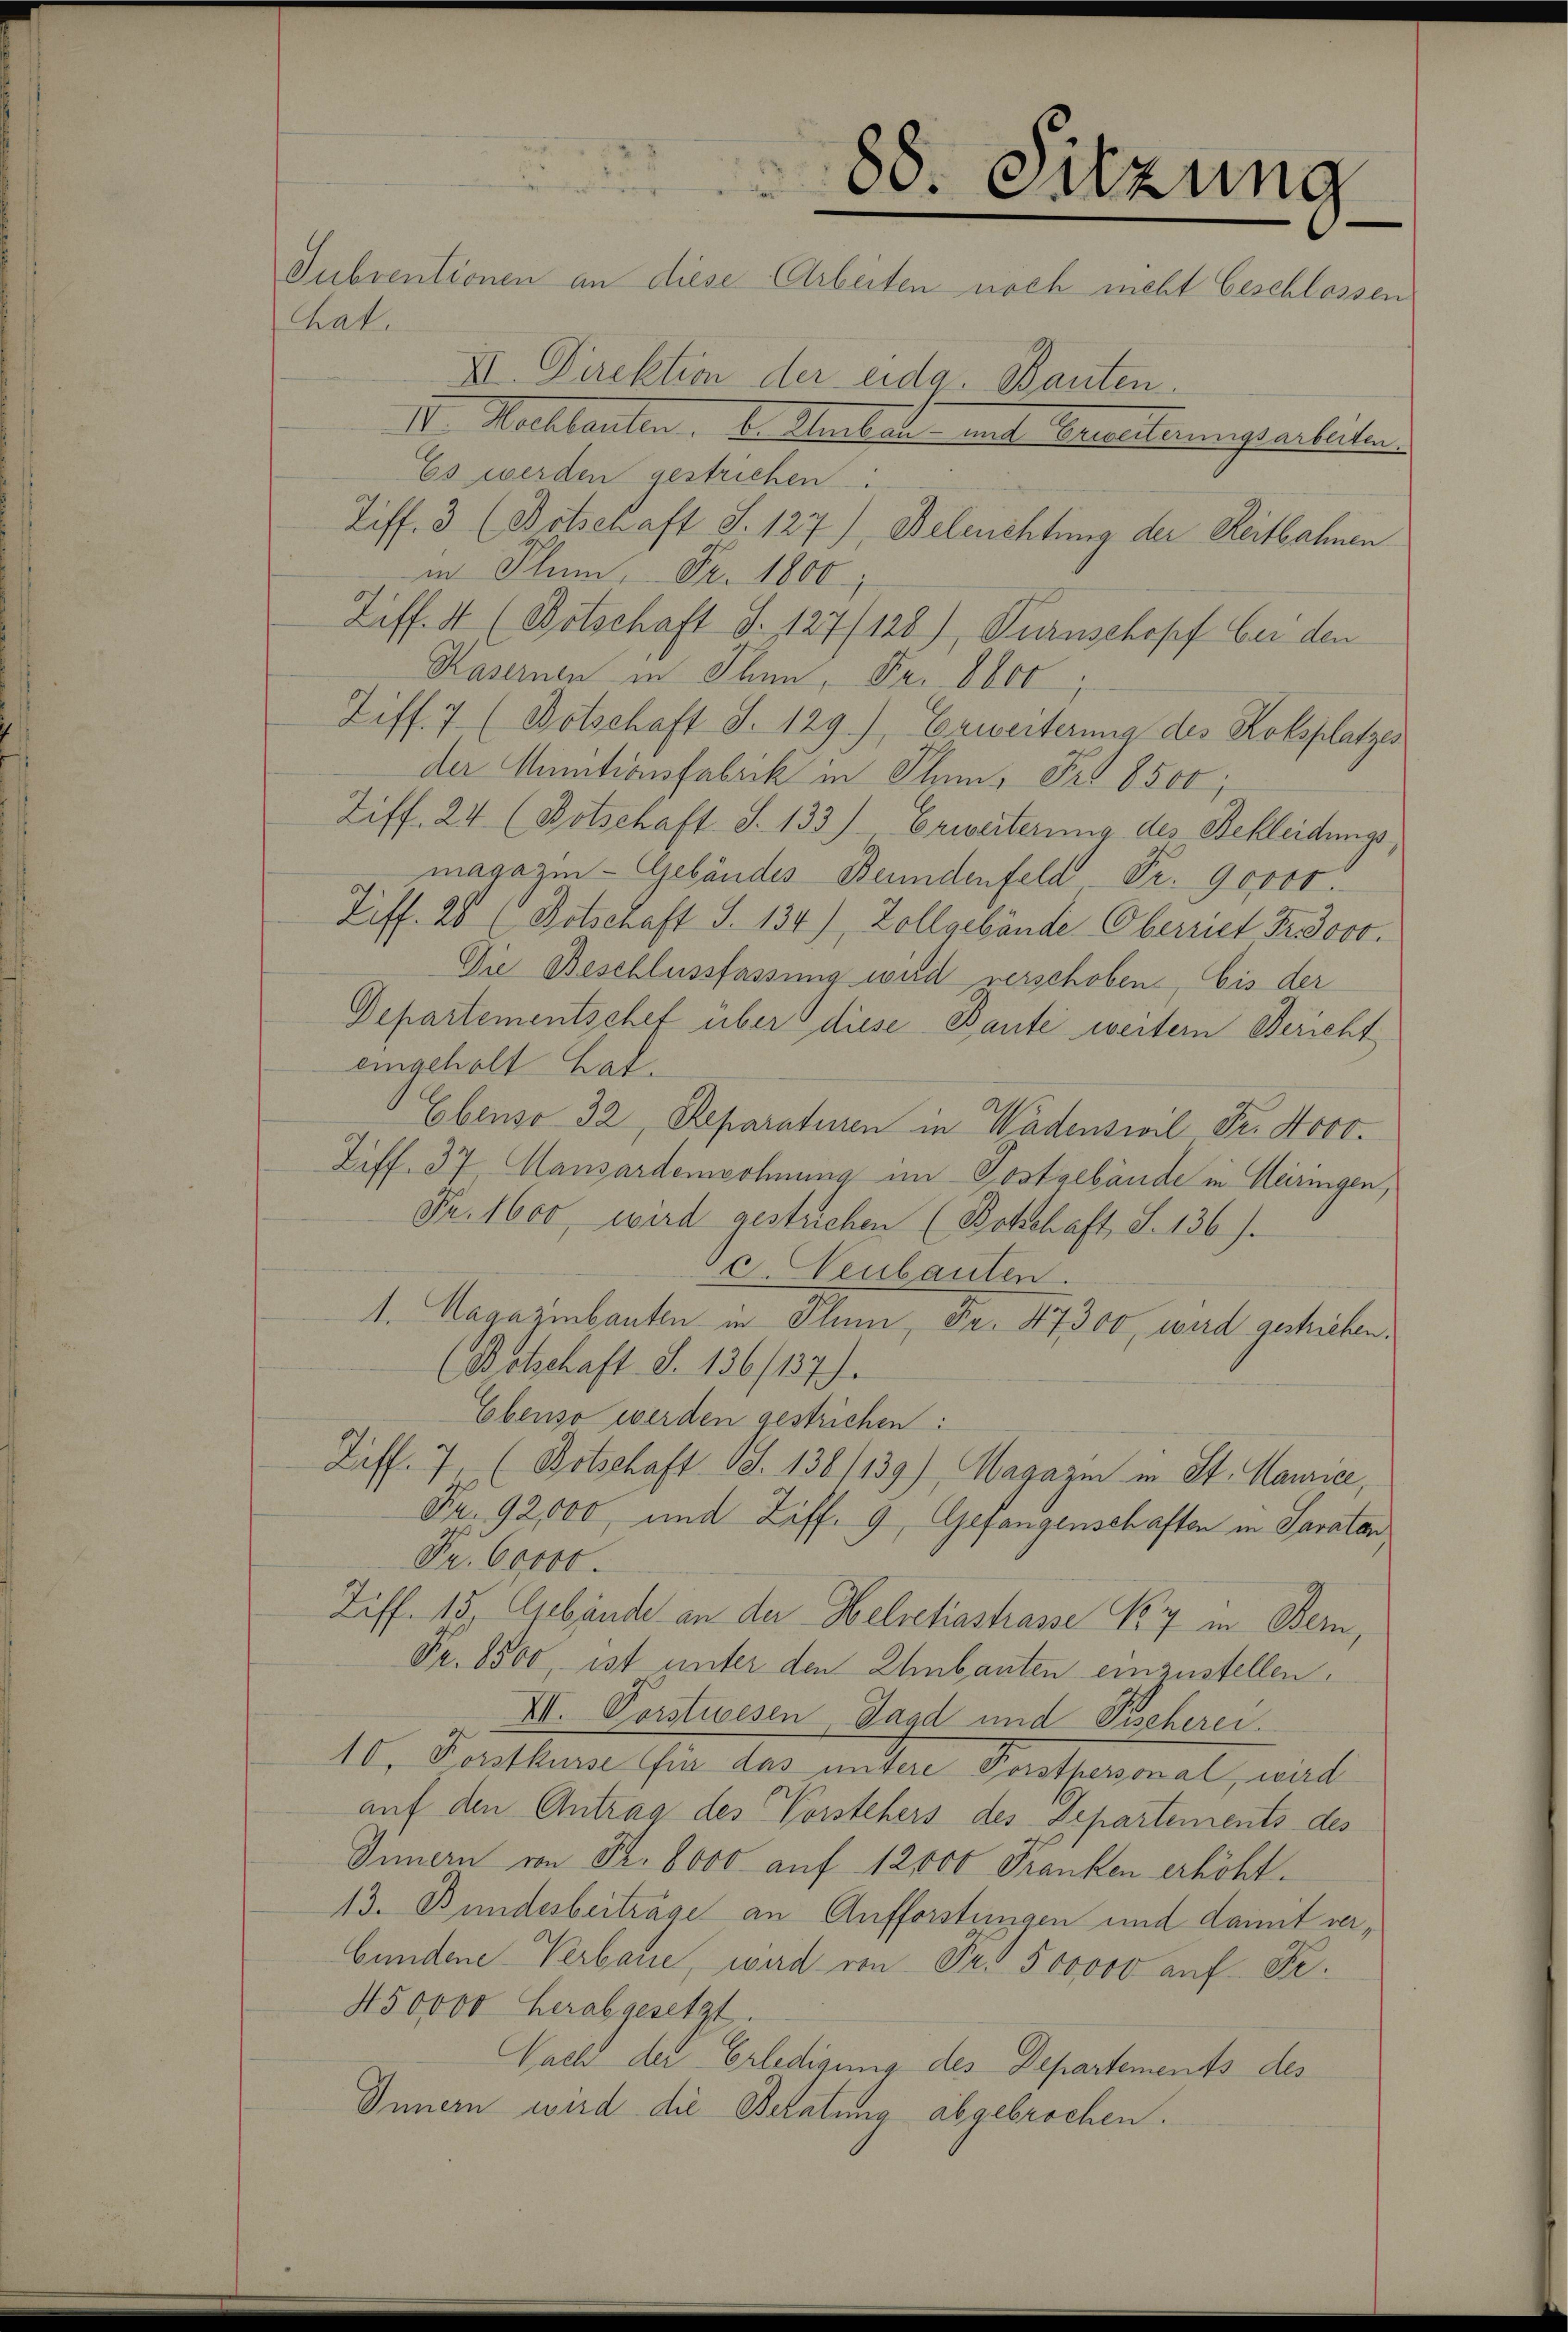
hat.

Dr. Sitzung

Subventionen an diese Arbeiten noch meht Geschlossen
III. Direktion der eida. Bauten.
12. Nachlauten. Dr. Wartete mit Vereiterungs erleiten
Es werden gestrichen:
Ziff. 3 (Botschaft S. 127) Beleuchtung der Reitbahnen
in Plum, Fr. 1800
Ziff. 4 (Botschaft S. 127/128), Turnschopf bei den
Kasernen in Thun, Fr. 8600
Ziff. 7 (Botschaft S. 129.), Erweiterung des Kolsplatzes
der Minutionsfabrik in Plan, Fr. 8500;
Ziff. 24 (Botschaft S. 133). Erweiterung des Bekleidungsmagazin - Gebäudes Beundenfeld Fr. 90000.
Ziff. 28 (Botschaft S. 134), Zollgebände Obernet Fr. 3000.
Die Beschlussfassung wird verschoben, bis der
Departementschet über diese Baute weitern Bericht
eingeholt hat.
Ebenso 32, Reparaturen in Wädenswil Fr. Novo.
Ziff. 37, Mansardenwohnung im Postgebäude in Meiringen,
Fr. 1600, wird gestrichen (Bokchaft, S. 136).
2 Neubauten.
1. Magazibauten in Plum, Fr. 47300, wird gestrieben.
(Botschaft S. 136/137).
Ebenso werden gestrichen:
Ziff. 7, (Botschaft Bd. 136/139) Magazin in St. Maurice,
Fr. 92,000, und Ziff. 9, Gefangenschaften in Savatar
Fr. 60000.
Ziff. 15, Gebäude an der Helvetiastrasse 17 in Bern,
Fr. 8500, ist unter den Ehnbauten einzustellen.
VII. Vorstwesen Paad und Fischerei.
10. Forstkurse für das untere Forstpersonal, wird
auf den Antrag des Vorstehers des Separtements des
Innern von Fr. 8000 auf 12000 Franken erhöht.
13. Bundesbeiträge an Aufforstungen und damit verbundene Verbaue, wird von Fr. 500000 auf Fr.
450000 herabgesetzt.
Nach der Erledigung des Departements des
Innern wird die Beratung abgebrochen.